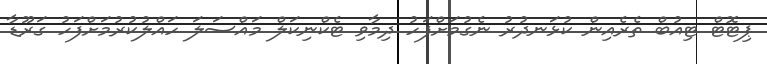
ޕިޓޮޓް ޓިއުބް ތެރެއިން ކުޅަނދުރު ނެގުމަށްފަހު ދިމާވި ޓެކްނިކަލް މައްސަލަ ހައްލުކުރުމަށްފަހު ގަރޫޑާ